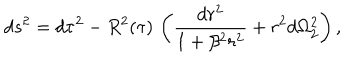
d s ^ { 2 } = d \tau ^ { 2 } - R ^ { 2 } ( \tau ) \, \left( \frac { d r ^ { 2 } } { 1 + \beta ^ { 2 } r ^ { 2 } } + r ^ { 2 } d \Omega _ { 2 } ^ { 2 } \right) ,